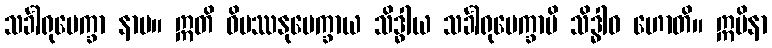
သင်္ခါရုပေက္ခာ နာမ။ ဣတိ ဝိပဿနုပေက္ခာယ သိဒ္ဓါယ သင်္ခါရုပေက္ခာပိ သိဒ္ဓါဝ ဟောတိ။ ဣမိနာ